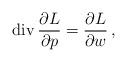
LaTeX: \begin{align*}{\rm div}\,\frac{\partial L}{\partial p}=\frac{\partial L}{\partial w}\,,\end{align*}